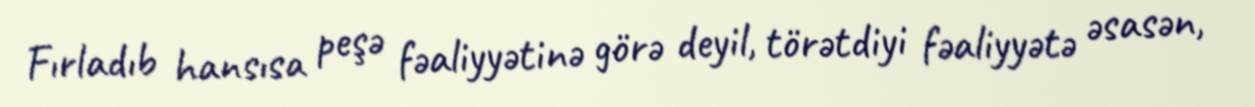
Fırladıb hansısa peşə fəaliyyətinə görə deyil, törətdiyi fəaliyyətə əsasən,